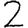
Digit: 2